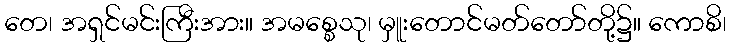
တေ၊ အရှင်မင်းကြီးအား။ အမစ္စေသု၊ မှူးတောင်မတ်တော်တို့၌။ ကောစိ၊